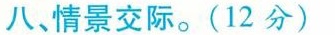
八、情景交际.(12 分)